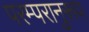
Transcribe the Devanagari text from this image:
परम्परानुरूप